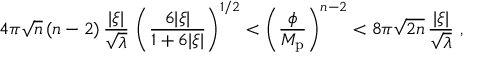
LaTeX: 4 \pi \sqrt n \, ( n - 2 ) \, { \frac { | \xi | } { \sqrt \lambda } } \, \left( { \frac { 6 | \xi | } { 1 + 6 | \xi | } } \right) ^ { 1 / 2 } < \left( { \frac { \phi } { M _ { \mathrm { p } } } } \right) ^ { n - 2 } < 8 \pi \sqrt { 2 n } \, { \frac { | \xi | } { \sqrt \lambda } } \ ,